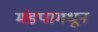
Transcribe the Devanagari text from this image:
मंडपामधून